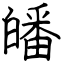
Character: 皤